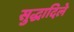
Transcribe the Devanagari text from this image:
सुद्धादिले